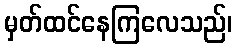
မှတ်ထင်နေကြလေသည်၊